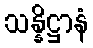
သန္နိဋ္ဌာနံ